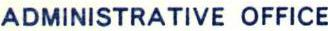
ADMINISTRATIVE OFFICE